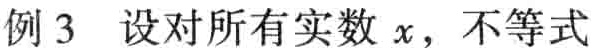
例3 设对所有实数 \(x\)，不等式